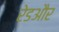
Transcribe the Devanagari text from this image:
रेडऔर